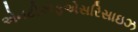
એનટીએફએસરિસાઇઝ